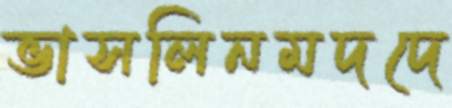
ভাসলিনমদদে